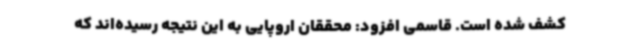
کشف شده است. قاسمی افزود: محققان اروپایی به این نتیجه رسیده‌اند که